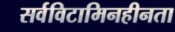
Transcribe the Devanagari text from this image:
सर्वविटामिनहीनता